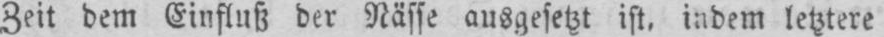
Zeit dem Einfluß der Nässe ausgesetzt ist, indem letztere